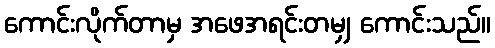
ကောင်းလိုက်တာမှ အဖေအရင်းတမျှ ကောင်းသည်။